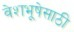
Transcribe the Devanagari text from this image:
वेशभूषेसाठी